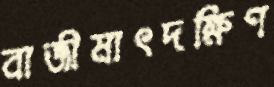
বাজীমাৎদক্ষিণ